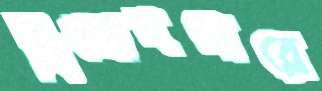
বিষোদগারে